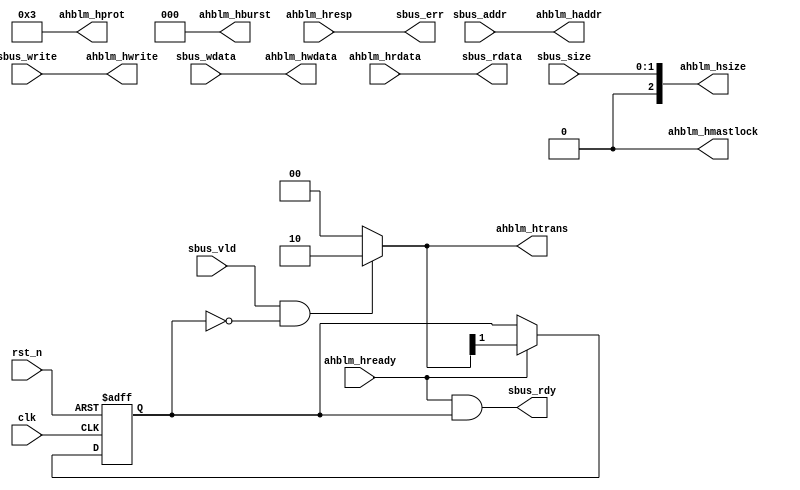
/*****************************************************************************\
|                        Copyright (C) 2022 Luke Wren                         |
|                     SPDX-License-Identifier: Apache-2.0                     |
\*****************************************************************************/

// Standalone bus shim for connecting the DM's System Bus Access to AHB

`default_nettype none

module hazard3_sbus_to_ahb #(
	parameter W_ADDR = 32,
	parameter W_DATA = 32
) (
	input wire               clk,
	input wire               rst_n,

	input  wire [W_ADDR-1:0] sbus_addr,
	input  wire              sbus_write,
	input  wire [1:0]        sbus_size,
	input  wire              sbus_vld,
	output wire              sbus_rdy,
	output wire              sbus_err,
	input  wire [W_DATA-1:0] sbus_wdata,
	output wire [W_DATA-1:0] sbus_rdata,

	output wire [W_ADDR-1:0] ahblm_haddr,
	output wire              ahblm_hwrite,
	output wire [1:0]        ahblm_htrans,
	output wire [2:0]        ahblm_hsize,
	output wire [2:0]        ahblm_hburst,
	output wire [3:0]        ahblm_hprot,
	output wire              ahblm_hmastlock,
	input  wire              ahblm_hready,
	input  wire              ahblm_hresp,
	output wire [W_DATA-1:0] ahblm_hwdata,
	input  wire [W_DATA-1:0] ahblm_hrdata
);

// Most signals are simple tie-throughs

assign ahblm_haddr     = sbus_addr;
assign ahblm_hwrite    = sbus_write;
assign ahblm_hsize     = {1'b0, sbus_size};
assign ahblm_hwdata    = sbus_wdata;

// HPROT = noncacheable nonbufferable privileged data access:
assign ahblm_hprot     = 4'b0011;
assign ahblm_hmastlock = 1'b0;
assign ahblm_hburst    = 3'h0;

assign sbus_err        = ahblm_hresp;
assign sbus_rdata      = ahblm_hrdata;

// Handshaking

reg dph_active;

always @ (posedge clk or negedge rst_n) begin
	if (!rst_n) begin
		dph_active <= 1'b0;
	end else if (ahblm_hready) begin
		dph_active <= ahblm_htrans[1];
	end
end

assign ahblm_htrans = sbus_vld && !dph_active ? 2'b10 : 2'b00;

assign sbus_rdy = ahblm_hready && dph_active;

endmodule

`ifndef YOSYS
`default_nettype wire
`endif